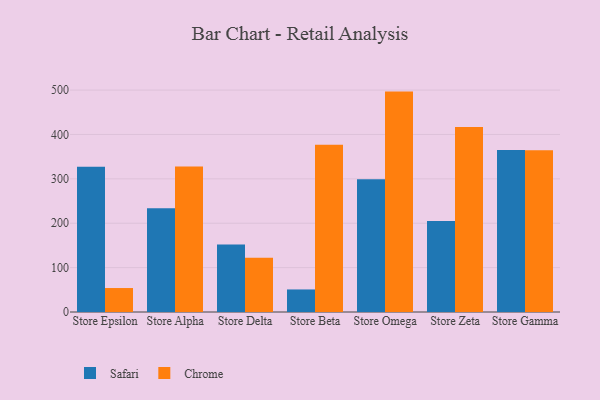
{"axis": {"x": "Store", "y": "Satisfaction Score"}, "legend": ["Chrome", "Safari"], "data": [{"x": "Store Epsilon", "y": 327.0, "type": "Safari"}, {"x": "Store Epsilon", "y": 54.0, "type": "Chrome"}, {"x": "Store Alpha", "y": 233.8, "type": "Safari"}, {"x": "Store Alpha", "y": 328.0, "type": "Chrome"}, {"x": "Store Delta", "y": 152.1, "type": "Safari"}, {"x": "Store Delta", "y": 122.5, "type": "Chrome"}, {"x": "Store Beta", "y": 50.8, "type": "Safari"}, {"x": "Store Beta", "y": 376.9, "type": "Chrome"}, {"x": "Store Omega", "y": 299.3, "type": "Safari"}, {"x": "Store Omega", "y": 496.6, "type": "Chrome"}, {"x": "Store Zeta", "y": 204.8, "type": "Safari"}, {"x": "Store Zeta", "y": 416.7, "type": "Chrome"}, {"x": "Store Gamma", "y": 365.1, "type": "Safari"}, {"x": "Store Gamma", "y": 364.4, "type": "Chrome"}]}